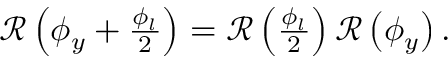
\begin{array} { r } { { \mathcal R } \left( \phi _ { y } + \frac { \phi _ { l } } { 2 } \right) = { \mathcal R } \left( \frac { \phi _ { l } } { 2 } \right) { \mathcal R } \left( \phi _ { y } \right) . } \end{array}